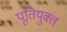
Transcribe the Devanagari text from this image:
पूतियुक्त